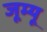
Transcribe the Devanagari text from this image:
जूम्यू